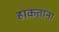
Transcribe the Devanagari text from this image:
हाकताना